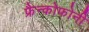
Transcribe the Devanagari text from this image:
फ्रैन्कोफोनी